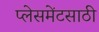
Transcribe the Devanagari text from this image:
प्लेसमेंटसाठी